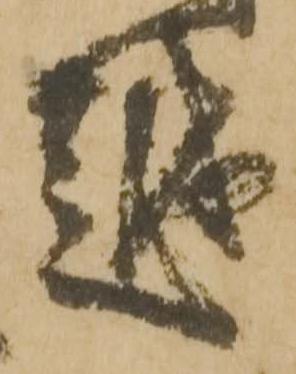
越